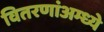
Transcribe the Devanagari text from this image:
वितरणांअम्ध्ये